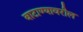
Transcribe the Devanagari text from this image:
वाटाण्यावरील